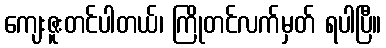
ကျေးဇူးတင်ပါတယ်၊ ကြိုတင်လက်မှတ် ရပါပြီ။